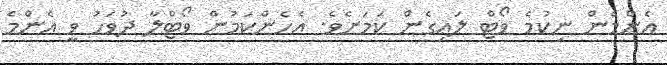
އެންމެން ނިކުމެ ވޯޓް ލައިގެން ކަމަށެވެ. އެހެންކަމުން ވޯޓްލާ ދުވަހު ވީ އެންމެ